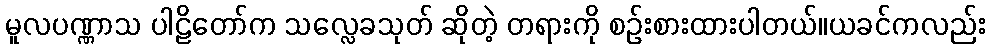
မူလပဏ္ဏာသ ပါဠိတော်က သလ္လေခသုတ် ဆိုတဲ့ တရားကို စဉ်းစားထားပါတယ်။ယခင်ကလည်း